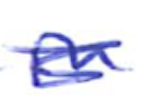
Text: in
Cross-out: scratch
Writing tool: ballpoint